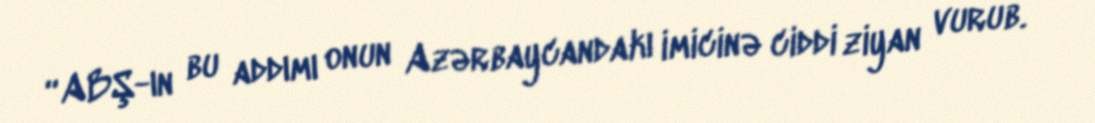
“ABŞ-ın bu addımı onun Azərbaycandakı imicinə ciddi ziyan vurub.